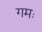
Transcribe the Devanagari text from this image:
गमः